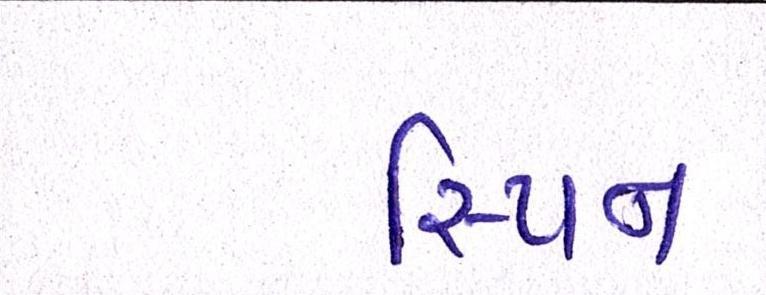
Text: સ્પિન